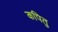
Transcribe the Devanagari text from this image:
कपितु